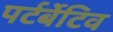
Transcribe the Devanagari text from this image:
पर्टर्बेटिव